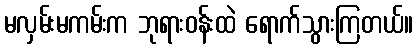
မလှမ်းမကမ်းက ဘုရားဝန်းထဲ ရောက်သွားကြတယ်။